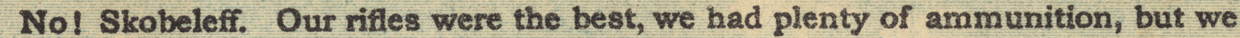
No! Skobeleff. Our rifles were the best, we had plenty of ammunition, but we